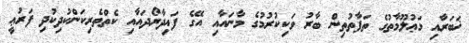
ޚަބަރާއި މަޢުލޫމާތުގެ ތަފާތުތިން ބާރު ވަކިކުރުމުގެ މާނައާއި އޭގެ ފައިދާރޯދައާއި ކެތްތެރިކަންކުދިކުދި ފަރުޢީ